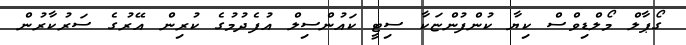
ގޯޕާލް މޯލްޑިވްސް ކިޔާ ކުންފުންޏަކާ ސިޓީ ކައުންސިލް އުފެދުމުގެ ކުރިން އޭރުގެ ސަރުކާރުން